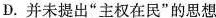
D.并未提出”主权在民”的思想